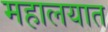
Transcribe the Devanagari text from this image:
महालयात